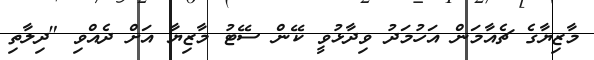
މާޒިޔާގެ ޗެއާމަން އަހުމަދު ވިދާޅުވީ ކޭން ސޭޓު މާޒިޔާ އަށް ދެއްވި "ދިލާތި